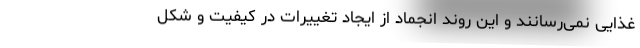
غذایی نمی‌رسانند و این روند انجماد از ایجاد تغییرات در کیفیت و شکل